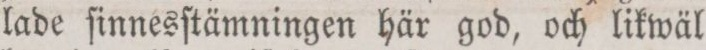
lade ſinnesſtämningen här god, och likwäl